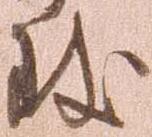
致